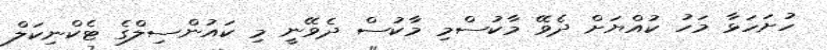
ހުށަހަޅާ މަހު ކުއްޔަށް ދެވޭ މާކުސްމި މާކުސް ދެވޭނީ މި ކައުންސިލްގެ ޓެކްނިކަލް